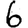
Digit: 6